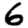
Digit: 6